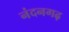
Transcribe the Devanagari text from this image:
नंदनगढ़